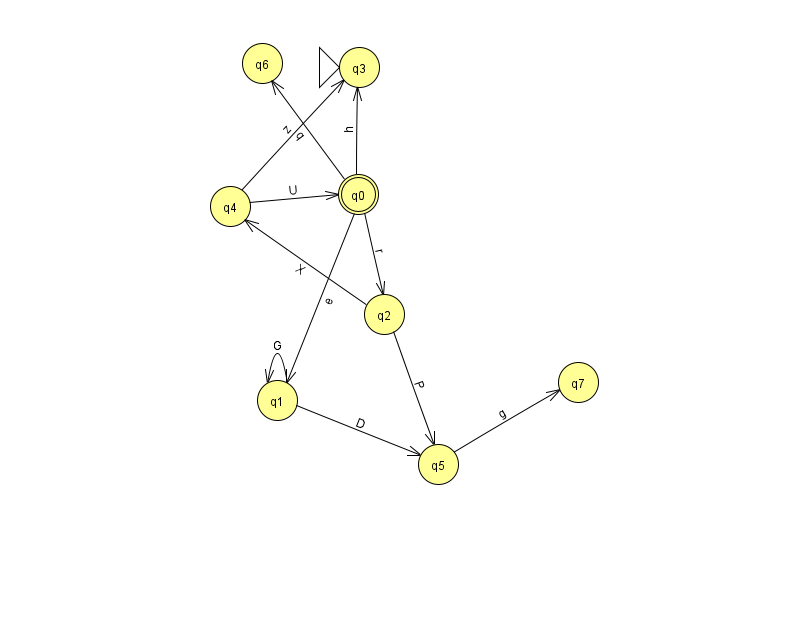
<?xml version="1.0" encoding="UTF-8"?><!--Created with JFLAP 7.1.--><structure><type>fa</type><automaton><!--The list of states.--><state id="0" name="q0"><x>358.0</x><y>181.0</y><final/></state><state id="1" name="q1"><x>277.0</x><y>387.0</y></state><state id="2" name="q2"><x>384.0</x><y>301.0</y></state><state id="3" name="q3"><x>359.0</x><y>54.0</y><initial/></state><state id="4" name="q4"><x>230.0</x><y>193.0</y></state><state id="5" name="q5"><x>438.0</x><y>451.0</y></state><state id="6" name="q6"><x>262.0</x><y>50.0</y></state><state id="7" name="q7"><x>578.0</x><y>369.0</y></state><!--The list of transitions.--><transition><from>4</from><to>3</to><read>z</read></transition><transition><from>0</from><to>3</to><read>h</read></transition><transition><from>2</from><to>4</to><read>X</read></transition><transition><from>4</from><to>0</to><read>U</read></transition><transition><from>0</from><to>6</to><read>q</read></transition><transition><from>1</from><to>1</to><read>G</read></transition><transition><from>0</from><to>1</to><read>e</read></transition><transition><from>1</from><to>5</to><read>D</read></transition><transition><from>5</from><to>7</to><read>g</read></transition><transition><from>0</from><to>2</to><read>r</read></transition><transition><from>2</from><to>5</to><read>P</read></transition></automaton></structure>